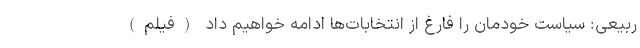
ربیعی: سیاست خودمان را فارغ از انتخابات‌ها ادامه خواهیم داد (فیلم)